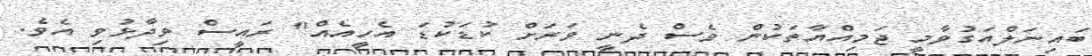
ބައިނަލްއަގުވާމީ ޖަމިއްޔާތަކުން ވެސް ދެނީ ވަރަށް ކުޑަކުޑަ އެހީއެއް" ރައީސް ވިދާޅުވި އެވެ.